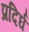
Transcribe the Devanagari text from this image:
प्रदिर्घ